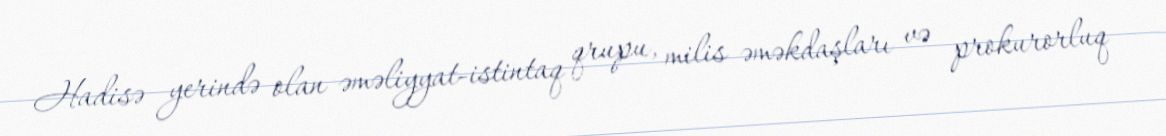
Hadisə yerində olan əməliyyat-istintaq qrupu, milis əməkdaşları və prokurorluq